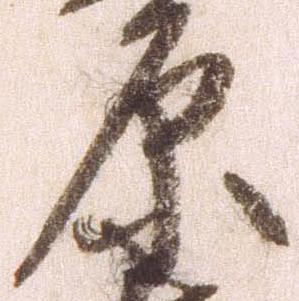
原